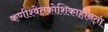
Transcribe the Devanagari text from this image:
कणीश्वेतकोशिकाहीनता